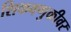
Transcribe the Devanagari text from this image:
शिकवणुकीवर